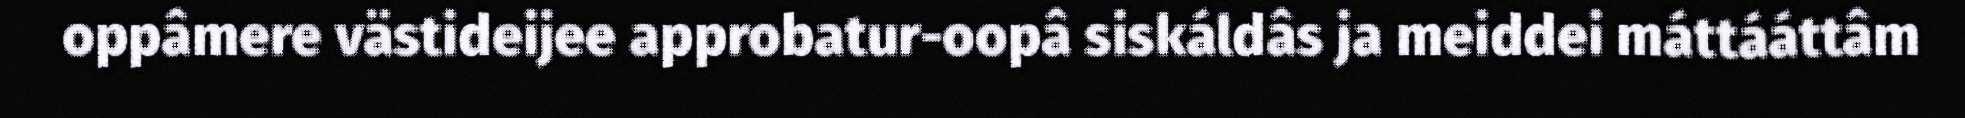
oppâmere västideijee approbatur-oopâ siskáldâs ja meiddei máttááttâm